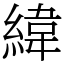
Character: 緯